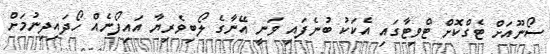
ސޯނޫއަށް ޓެގްކޮށް ޓްވިޓާގައި އެކަކު ބުނެފައި ވަނީ އޭނާގެ ލޯބިވެރިޔާ އައިފޯނެއް ހޯދައިދިނުމަށް